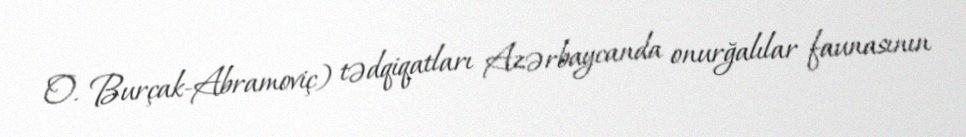
O. Burçak-Abramoviç) tədqiqatları Azərbaycanda onurğalılar faunasının